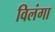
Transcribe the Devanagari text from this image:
विलंगा